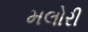
મલોરી